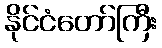
နိုင်ငံတော်ကြီး